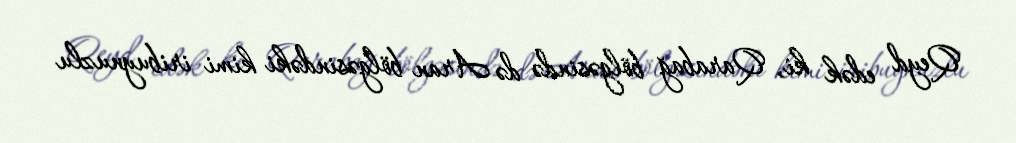
Qeyd edək ki, Qarabağ bölgəsində də Aran bölgəsindəki kimi iribuynuzlu